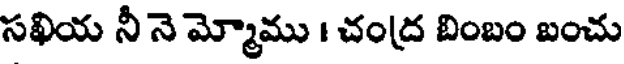
సఖియ నీ నె మ్మోము । చంద్ర బింబం బంచు